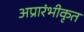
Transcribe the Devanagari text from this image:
अप्रारंभीकृत